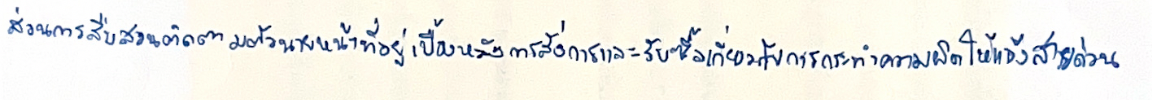
ส่วนการสืบสวนติดตามตัวนายหน้าที่อยู่เบื้องหลังการสั่งการและรับซื้อเกี่ยวกับการกระทำความผิดให้แจ้งสายด่วน